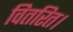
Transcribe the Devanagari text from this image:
वितरित।